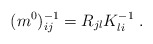
\begin{align*}(m^{0})^{-1}_{ij}= R_{jl}K^{-1}_{li}\;. \end{align*}